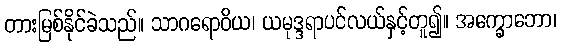
တားမြစ်နိုင်ခဲသည်။ သာဂရောဝိယ၊ ယမုဒ္ဒရာပင်လယ်နှင့်တူ၍။ အက္ခောဘော၊